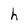
Character: h